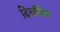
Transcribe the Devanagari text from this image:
दिर्घायित